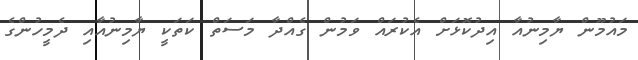
މައުމޫން ޔާމިނުއާ އިދުކޮޅަށް އެކުރައް ވަމުން ގެއްދާ މަސަތް ކަތަކީ ޔާމިނުއާއި ދެމީހުންގެ